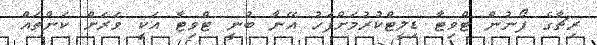
ރިޗާގެ ފޯނުން ޓްވިޓާ ޑިލީޓްކުރުމަށްފަހު އޭނާ ބުނީ ޓްވިޓާ އަކީ ވަރަށް ކަންތައް